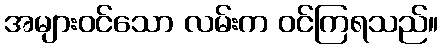
အများဝင်သော လမ်းက ဝင်ကြရသည်။